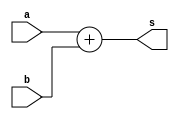
// ------------------------- 
// -- Exemplo0015 - BASE 
// -- Nome: Alexandre Palmieri Sad 
// -- Matricula: 440265 
// ------------------------- 
	module letraA (output [4:0]s, input [1:0]a, input [4:0]b);
		assign s = a + b;
	endmodule
	
	module letraB (output [4:0]s, input [1:0]a, input [3:0]b);
		assign s = a * b;
	endmodule
	
	module letraC (output [5:0]s, input [5:0]a, input [1:0]b);
		assign s = a / b;
	endmodule
	
	module letraD (output [4:0]s, input [4:0]a, input [3:0]b);
		assign s = a - b;
	endmodule
	
	module letraE (output [3:0]s, input [1:0]a, input [2:0]b, input [2:0]c, input d);
		assign s = ((a * b) + (c - d));
	endmodule

// ------------------------- 
// -- test number system 
// ------------------------- 
	module test_operacoes_01; 
		// ------------------------- definir dados 
			reg [1:0]a; 
			reg [4:0]b; 
			reg [1:0]c; 
			reg [3:0]d;
			reg [5:0]e; 
			reg [1:0]f; 
			reg [4:0]g; 
			reg [3:0]h; 
			reg [1:0]i; 
			reg [2:0]j; 
			reg [2:0]k; 
			reg l;  
		
			wire [4:0]s1; 
			wire [4:0]s2; 
			wire [5:0]s3; 
			wire [4:0]s4; 
			wire [3:0]s5; 
			
		// ------------------------- instancia
			letraA soma(s1, a, b); 
			letraB mult(s2, c, d);
			letraC divs(s3, e, f);
			letraD subt(s4, g, h);
			letraE expr(s5, i, j, k, l);
			
		// ------------------------- parte principal 
			initial begin 
				$display("Exercicioo001 - Sad - 440265"); 
				$display("Test number system");
				
				a = 2;
				b = 15; 
				$display("a) %b + %b = %b", a, b, s1);
				
				c = 3;
				d = 8;
				$display("b) %b * %b = %b", c, d, s2);
				
				e = 32;
				f = 3;
				$display("c) %b / %b = %b", e, f, s3);
				
				g = 21;
				h = 11;
				$display("d) %b - %b = %b", g, h, s4);
				
				i = 2;
				j = 5;
				k = 6;
				l = 1;
				$display("e) %b * %b + (%b - %b) = %5b", i, j, k, l, s5);
			
			end 
	endmodule //-- test_base